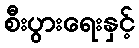
စီးပွားရေးနှင့်